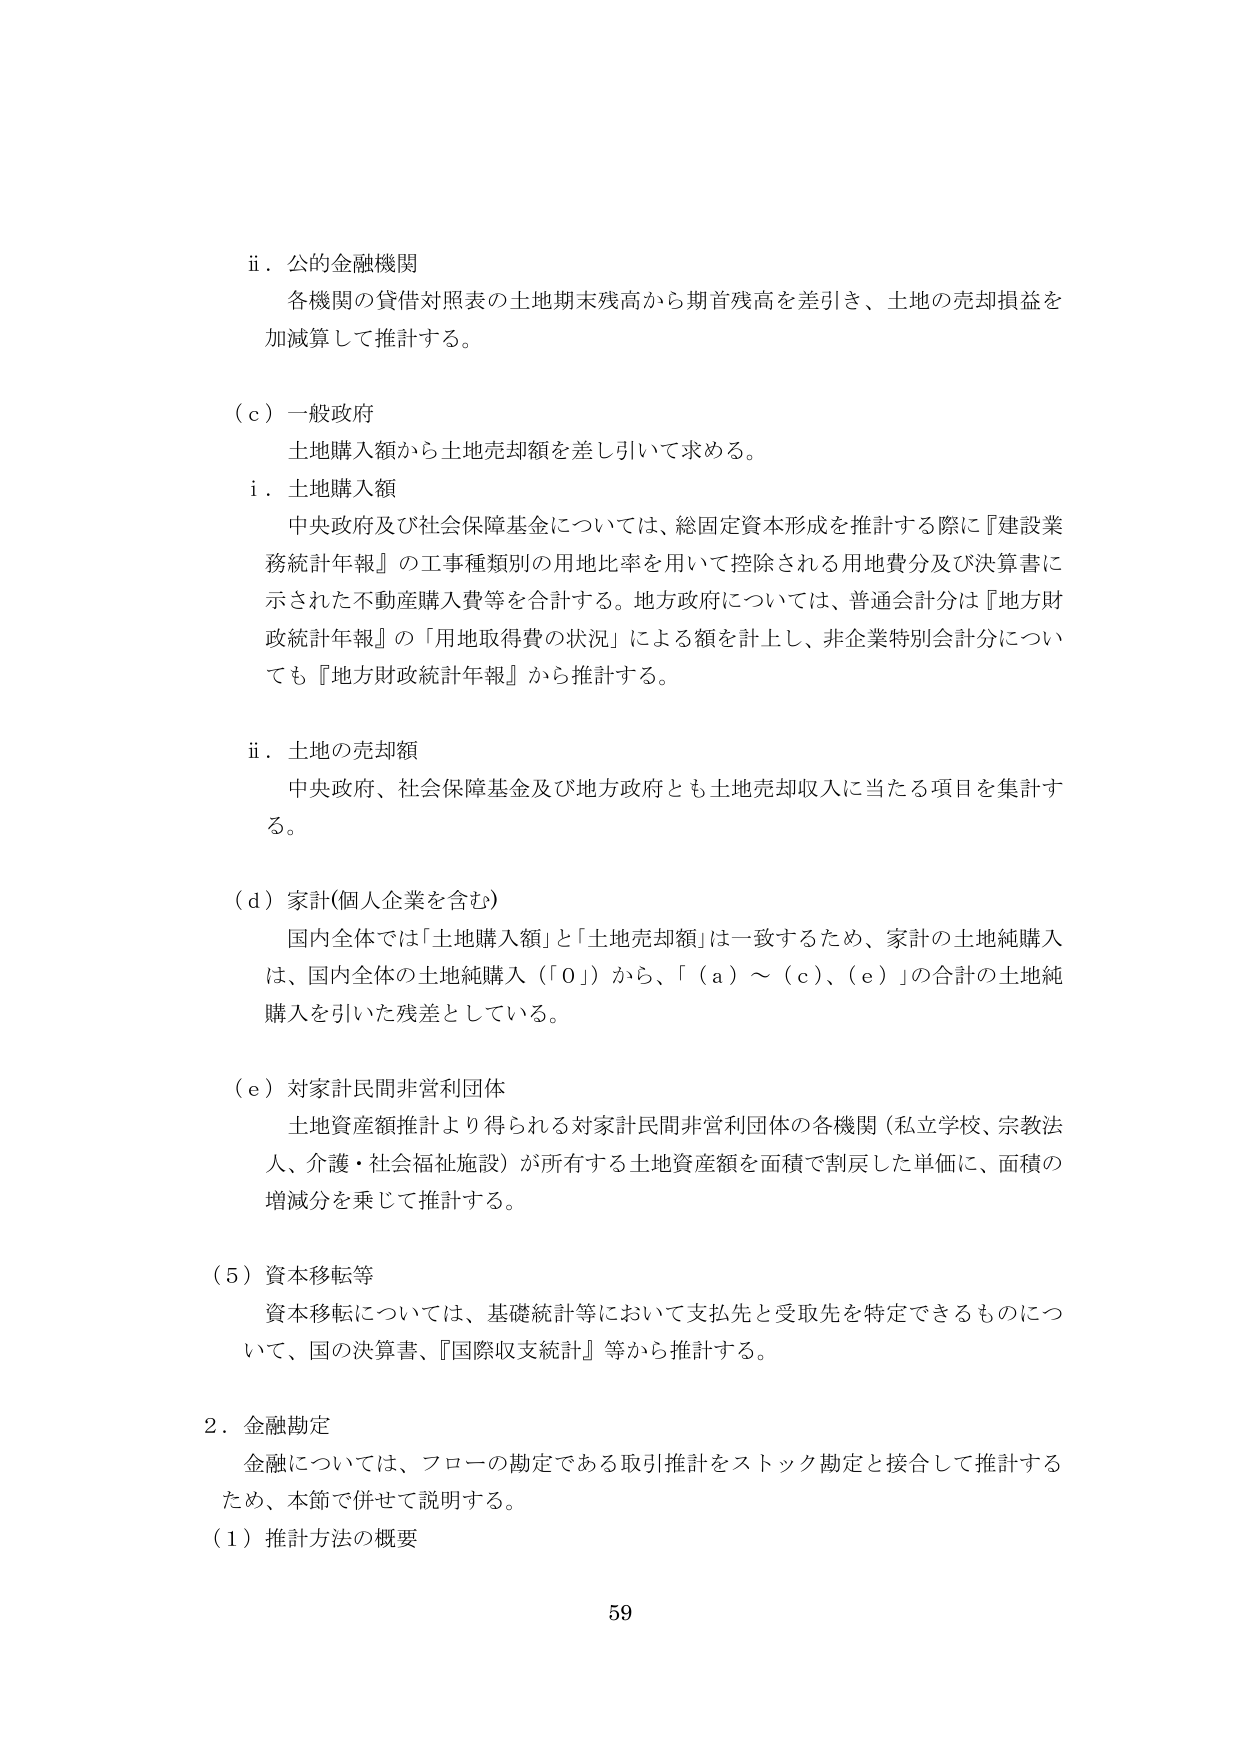
ii．公的金融機関
各機関の貸借対照表の土地期末残高から期首残高を差引き、土地の売却損益を
加減算して推計する。

（c）一般政府
土地購入額から土地売却額を差し引いて求める。
i．土地購入額
中央政府及び社会保障基金については、総固定資本形成を推計する際に『建設業務統計年報』の工事種類別の用地比率を用いて控除される用地費分及び決算書に
示された不動産購入費等を合計する。地方政府については、普通会計分は『地方財政統計年報』の「用地取得費の状況」による額を計上し、非企業特別会計分につい
ても『地方財政統計年報』から推計する。

ii．土地の売却額
中央政府、社会保障基金及び地方政府とも土地売却収入に当たる項目を集計す
る。

（d）家計（個人企業を含む）
国内全体では「土地購入額」と「土地売却額」は一致するため、家計の土地純購入
は、国内全体の土地純購入（「0」）から、「（a）～（c）、（e）」の合計の土地純
購入を引いた残差としている。

（e）対家計民間非営利団体
土地資産額推計より得られる対家計民間非営利団体の各機関（私立学校、宗教法人、介護・社会福祉施設）が所有する土地資産額を面積で割戻した単価に、面積の
増減分を乗じて推計する。

（5）資本移転等
資本移転については、基礎統計等において支払先と受取先を特定できるものにつ
いて、国の決算書、『国際収支統計』等から推計する。

2．金融勘定
金融については、フローの勘定である取引推計をストック勘定と接合して推計する
ため、本節で併せて説明する。
（1）推計方法の概要

59